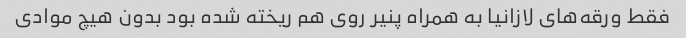
فقط ورقه‌های لازانیا به همراه پنیر روی هم ریخته شده بود بدون هیچ موادی